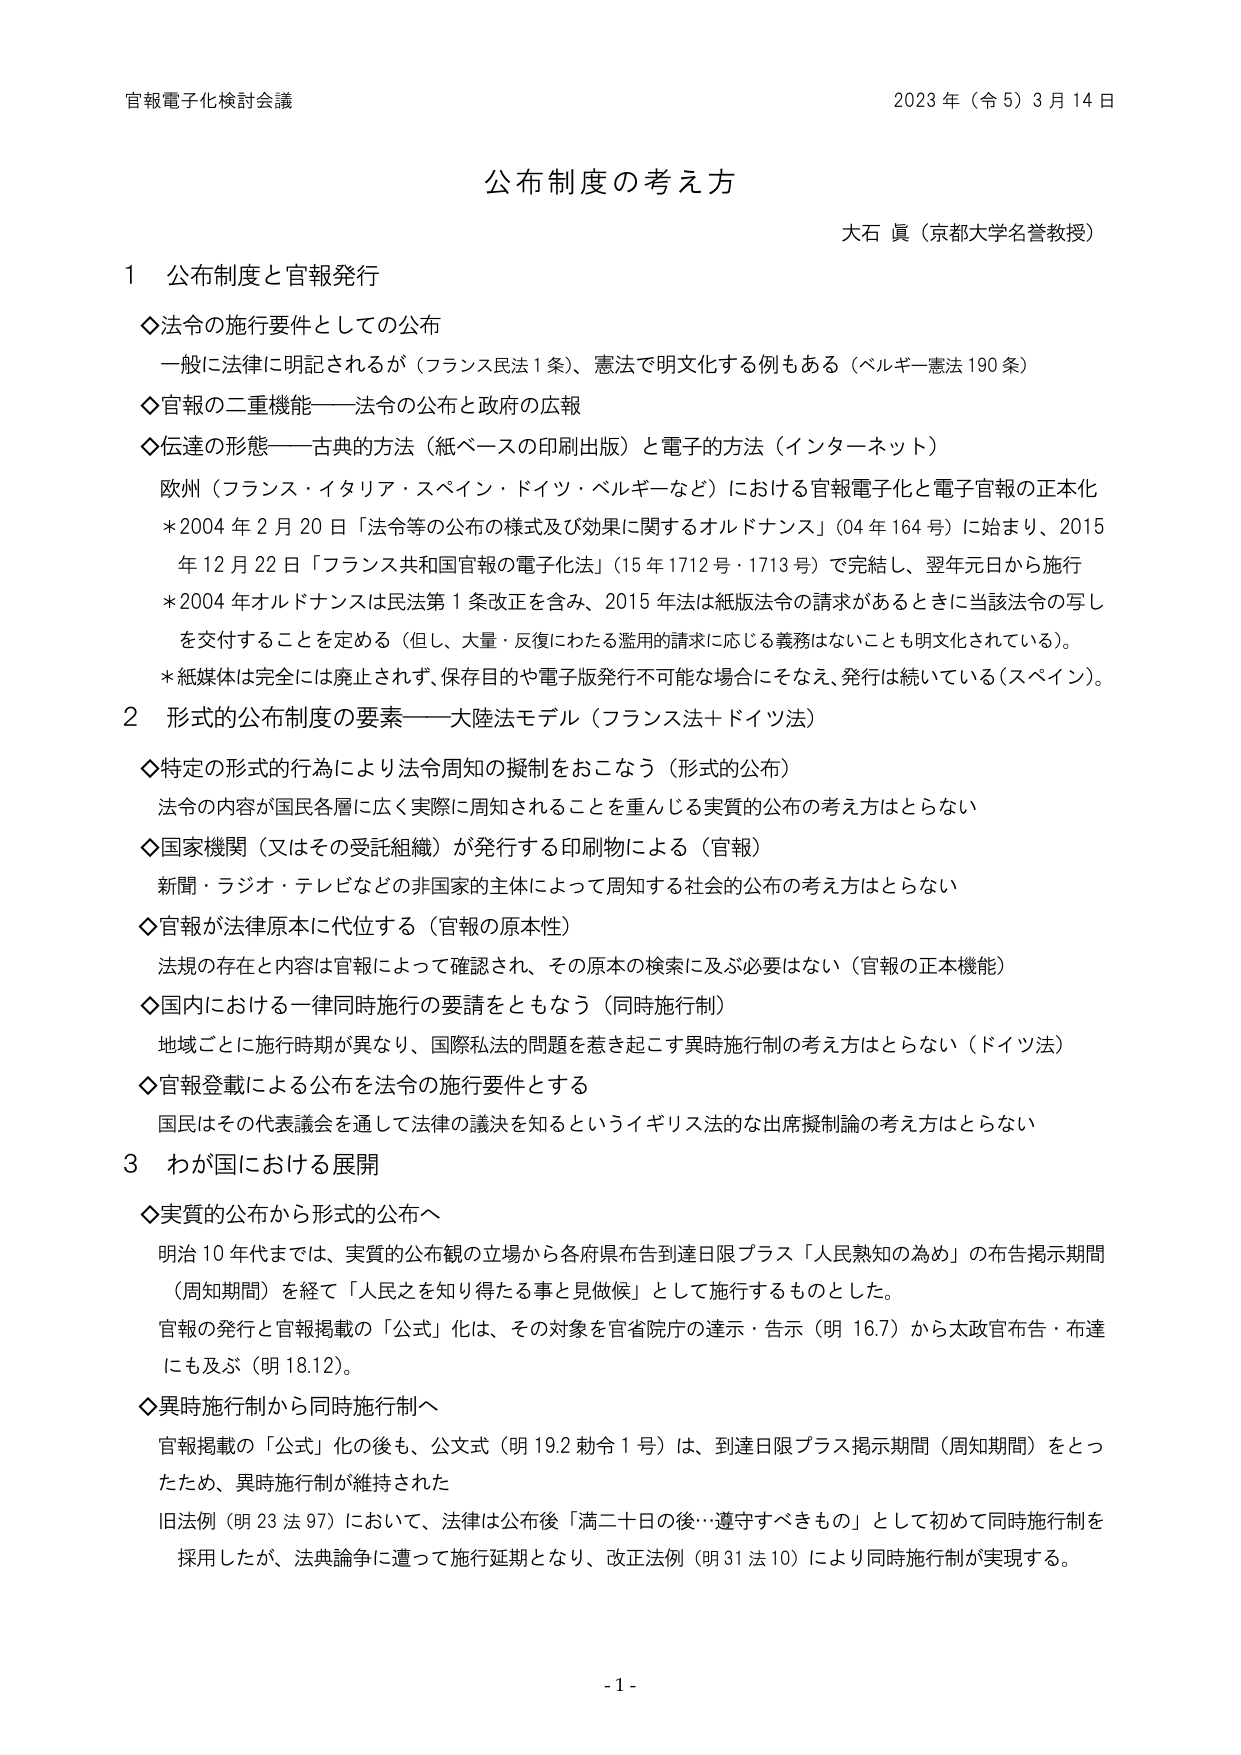
官報電子化検討会議 2023年（令5）3月14日

公布制度の考え方

大石 貞（京都大学名誉教授）

1 公布制度と官報発行

◇法令の施行要件としての公布
　一般に法律に明記されるが（フランス民法1条）、憲法で明文化する例もある（ベルギー憲法190条）

◇官報の二重機能――法令の公布と政府の広報

◇伝達の形態――古典的方法（紙ベースの印刷出版）と電子的方法（インターネット）
　欧州（フランス・イタリア・スペイン・ドイツ・ベルギーなど）における官報電子化と電子官報の正本化
　＊2004年2月20日「法令等の公布の様式及び効果に関するオルドナンス」（04年164号）に始まり、2015年12月22日「フランス共和国官報の電子化法」（15年1712号・1713号）で完結し、翌年元日から施行
　＊2004年オルドナンスは民法第1条改正を含み、2015年法は紙版法令の請求があるときに当該法令の写しを交付することを定める（但し、大量・反復にわたる濫用的請求に応じる義務はないことも明文化されている）。
　＊紙媒体は完全には廃止されず、保存目的や電子版発行不可能な場合にそなえ、発行は続いている（スペイン）。

2 形式的公布制度の要素――大陸法モデル（フランス法＋ドイツ法）

◇特定の形式的行為により法令周知の擬制をおこなう（形式的公布）
　法令の内容が国民各層に広く実際に周知されることを重んじる実質的公布の考え方はとらない

◇国家機関（又はその受託組織）が発行する印刷物による（官報）
　新聞・ラジオ・テレビなどの非国家的主体によって周知する社会的公布の考え方はとらない

◇官報が法律原本に代位する（官報の原本性）
　法規の存在と内容は官報によって確認され、その原本の検索に及ぶ必要はない（官報の正本機能）

◇国内における一律同時施行の要請をともなう（同時施行制）
　地域ごとに施行時期が異なり、国際私法の問題を惹き起こす異時施行制の考え方はとらない（ドイツ法）

◇官報登載による公布を法令の施行要件とする
　国民はその代表議会を通して法律の議決を知るというイギリス法的な出席擬制論の考え方はとらない

3 わが国における展開

◇実質的公布から形式的公布へ
　明治10年代までは、実質的公布観の立場から各府県布告到達日限プラス「人民熟知の為め」の布告掲示期間（周知期間）を経て「人民之を知り得たる事と見做候」として施行するものとした。
　官報の発行と官報掲載の「公式」化は、その対象を官省院庁の達示・告示（明16.7）から太政官布告・布達にも及ぶ（明18.12）。

◇異時施行制から同時施行制へ
　官報掲載の「公式」化の後も、公文式（明19.2勅令1号）は、到達日限プラス掲示期間（周知期間）をとったため、異時施行制が維持された
　旧法例（明23法97）において、法律は公布後「満二十日の後…遵守すべきもの」として初めて同時施行制を採用したが、法典論争に遭って施行延期となり、改正法例（明31法10）により同時施行制が実現する。

- 1 -